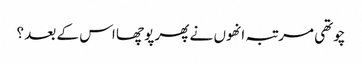
چوتھی مرتبہ انھوں نے پھر پوچھا اس کے بعد ؟